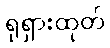
ရုရှားထုတ်